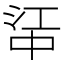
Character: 𬻶